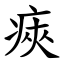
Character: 㾜